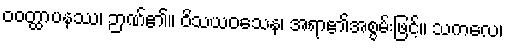
ဝဝတ္ထာပနဿ၊ ဉာဏ်၏။ ဝိသယဝသေန၊ အရာ၏အစွမ်းဖြင့်။ သကလေ၊